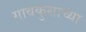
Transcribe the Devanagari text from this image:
गावकुसाच्या